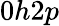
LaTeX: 0h2p